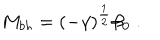
LaTeX: M _ { b h } = ( - \gamma ) ^ { \frac { 1 } { 2 } } \beta _ { 0 } \; .